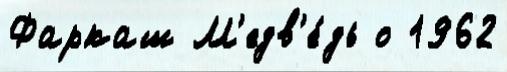
Фаркаш М'едв'е́дь о 1962